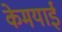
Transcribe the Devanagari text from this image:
केमयाई